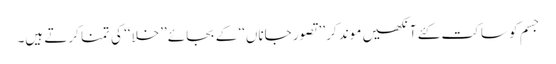
جسم کو ساکت کئے آنکھیں موند کر ’’تصور جاناں‘‘ کے بجائے ’’خلا‘‘ کی تمنا کرتے ہیں۔